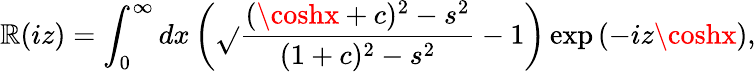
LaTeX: \mathbb{R}(iz)=\int_{0}^{\infty}dx\left(\sqrt{}{{\frac{{(\coshx+c)^{2}-s^{2}}}{{(1+c)^{2}-s^{2}}}}}-1\right)\exp\left(-iz\coshx\right),